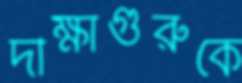
দীক্ষাগুরুকে